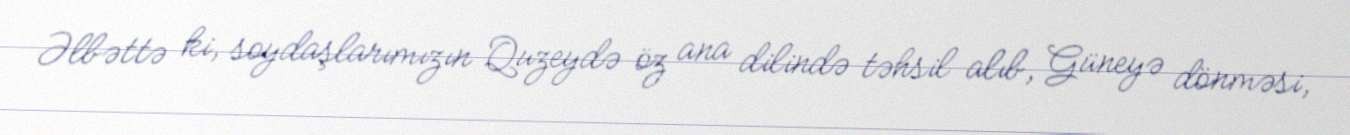
Əlbəttə ki, soydaşlarımızın Quzeydə öz ana dilində təhsil alıb, Güneyə dönməsi,